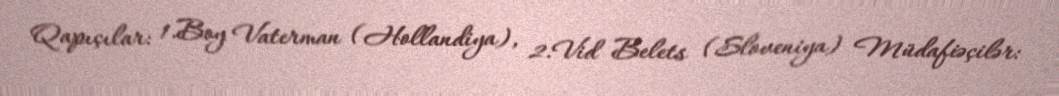
Qapıçılar: 1.Boy Vaterman (Hollandiya), 2.Vid Belets (Sloveniya) Müdafiəçilər: